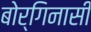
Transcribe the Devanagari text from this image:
बोर्गिनासी